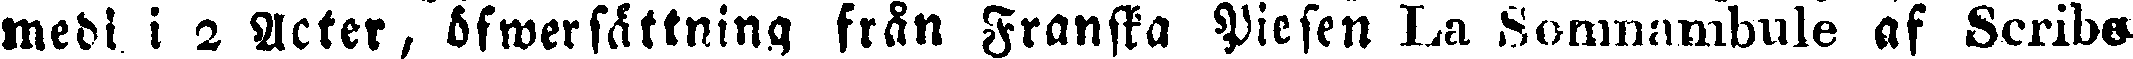
medi i 2 Acter, öfwersättning från Franska Piesen La Somnambule af Scribe